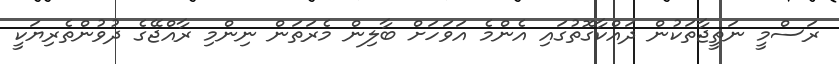
ރަސްމީ ނަތީޖާތަކުން ދައްކާގޮތުގައި އެންމެ އަވަހަށް ބާލިން މެރަތަން ނިންމި ރާއްޖޭގެ ދުވުންތެރިޔަކީ